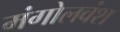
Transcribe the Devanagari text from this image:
मंगोलवंश